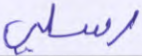
رسلي